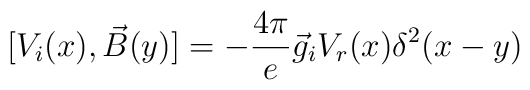
[V_i(x),\vec B(y)]=-{4\pi \over e} \vec g_i V_r(x)\delta^2(x-y)